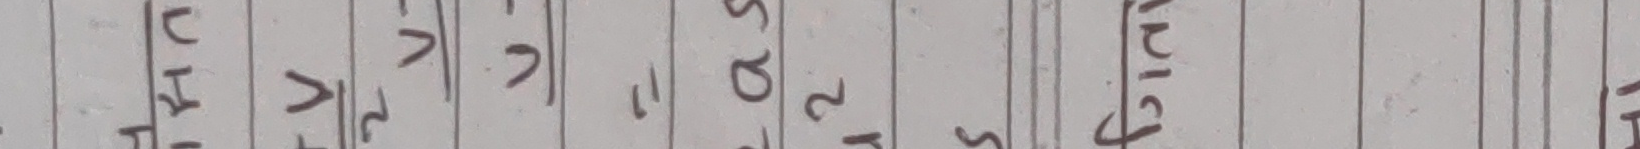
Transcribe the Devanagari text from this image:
उहाइट भे√२ √२√३ =० रस√२ ल जुनकरमजुस